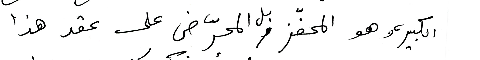
الكبير، وهو المحفّز بل المحرّض على عقد هذا